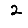
Digit: 2